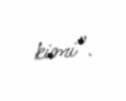
kimi”.